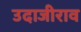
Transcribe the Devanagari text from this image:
उदाजीराव